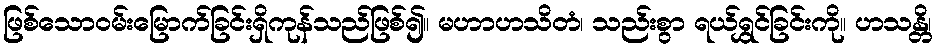
ဖြစ်သောဝမ်းမြောက်ခြင်းရှိကုန်သည်ဖြစ်၍။ မဟာဟသိတံ၊ သည်းစွာ ရယ်ရွှင်ခြင်းကို။ ဟသန္တိ၊